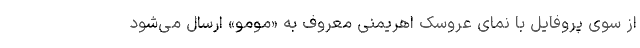
از سوی پروفایل با نمای عروسک اهریمنی معروف به «مومو» ارسال می‌شود